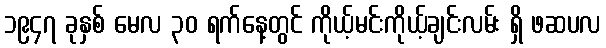
၁၉၄၇ ခုနှစ် မေလ ၃၀ ရက်နေ့တွင် ကိုယ့်မင်းကိုယ့်ချင်းလမ်း ရှိ ဖဆပလ